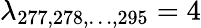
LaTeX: \lambda_{277,278,\dots,295}=4